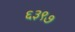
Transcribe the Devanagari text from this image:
६३९७